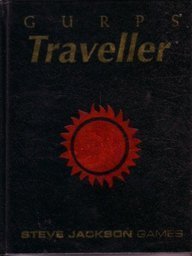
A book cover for Gurps Traveller; Loren Wiseman; Science Fiction & Fantasy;